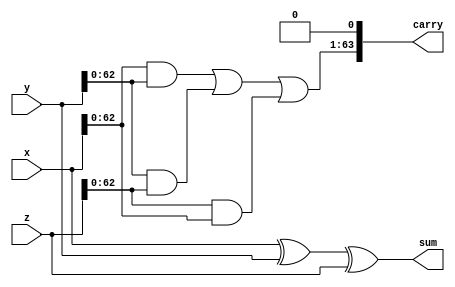
module csa(sum,carry,x,y,z);
input [63:0]x,y,z;
output [63:0]sum,carry;
wire [63:0]c;
assign sum=x^y^z;
assign c=(x&y)|(y&z)|(z&x);
assign carry[63:1]=c[62:0];
assign carry[0]=0;
endmodule